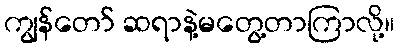
ကျွန်တော် ဆရာနဲ့မတွေ့တာကြာလို့။